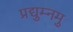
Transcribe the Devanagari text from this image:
प्रद्युम्नमु